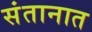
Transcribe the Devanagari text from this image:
संतानात